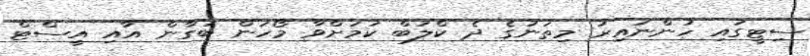
ސިޓީގައި ހުންނައިރު މިތަނުގެ ދެ ކްލަބް ކަމަށްވާ މޯހަން ބަގާން އާއި އީސްޓް